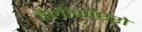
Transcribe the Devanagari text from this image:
हैलीकॉप्टरो